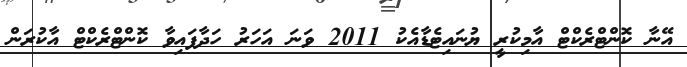
އޭނާ ކޮންޓްރެކްޓް އާމިކުރީ ޔުނައިޓެޑާއެކު 2011 ވަނަ އަހަރު ހަދާފައިވާ ކޮންޓްރެކްޓް އާކުރަން